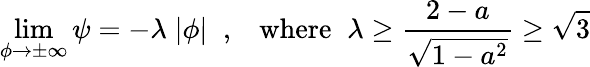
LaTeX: \operatorname*{lim}_{\phi\to\pm\infty}\psi=-\lambda\; |\phi|\; \; ,\; \; \; \mathrm{where}\; \; \lambda\ge\frac{2-a}{\sqrt{1-a^{2}}}\ge\sqrt{3}